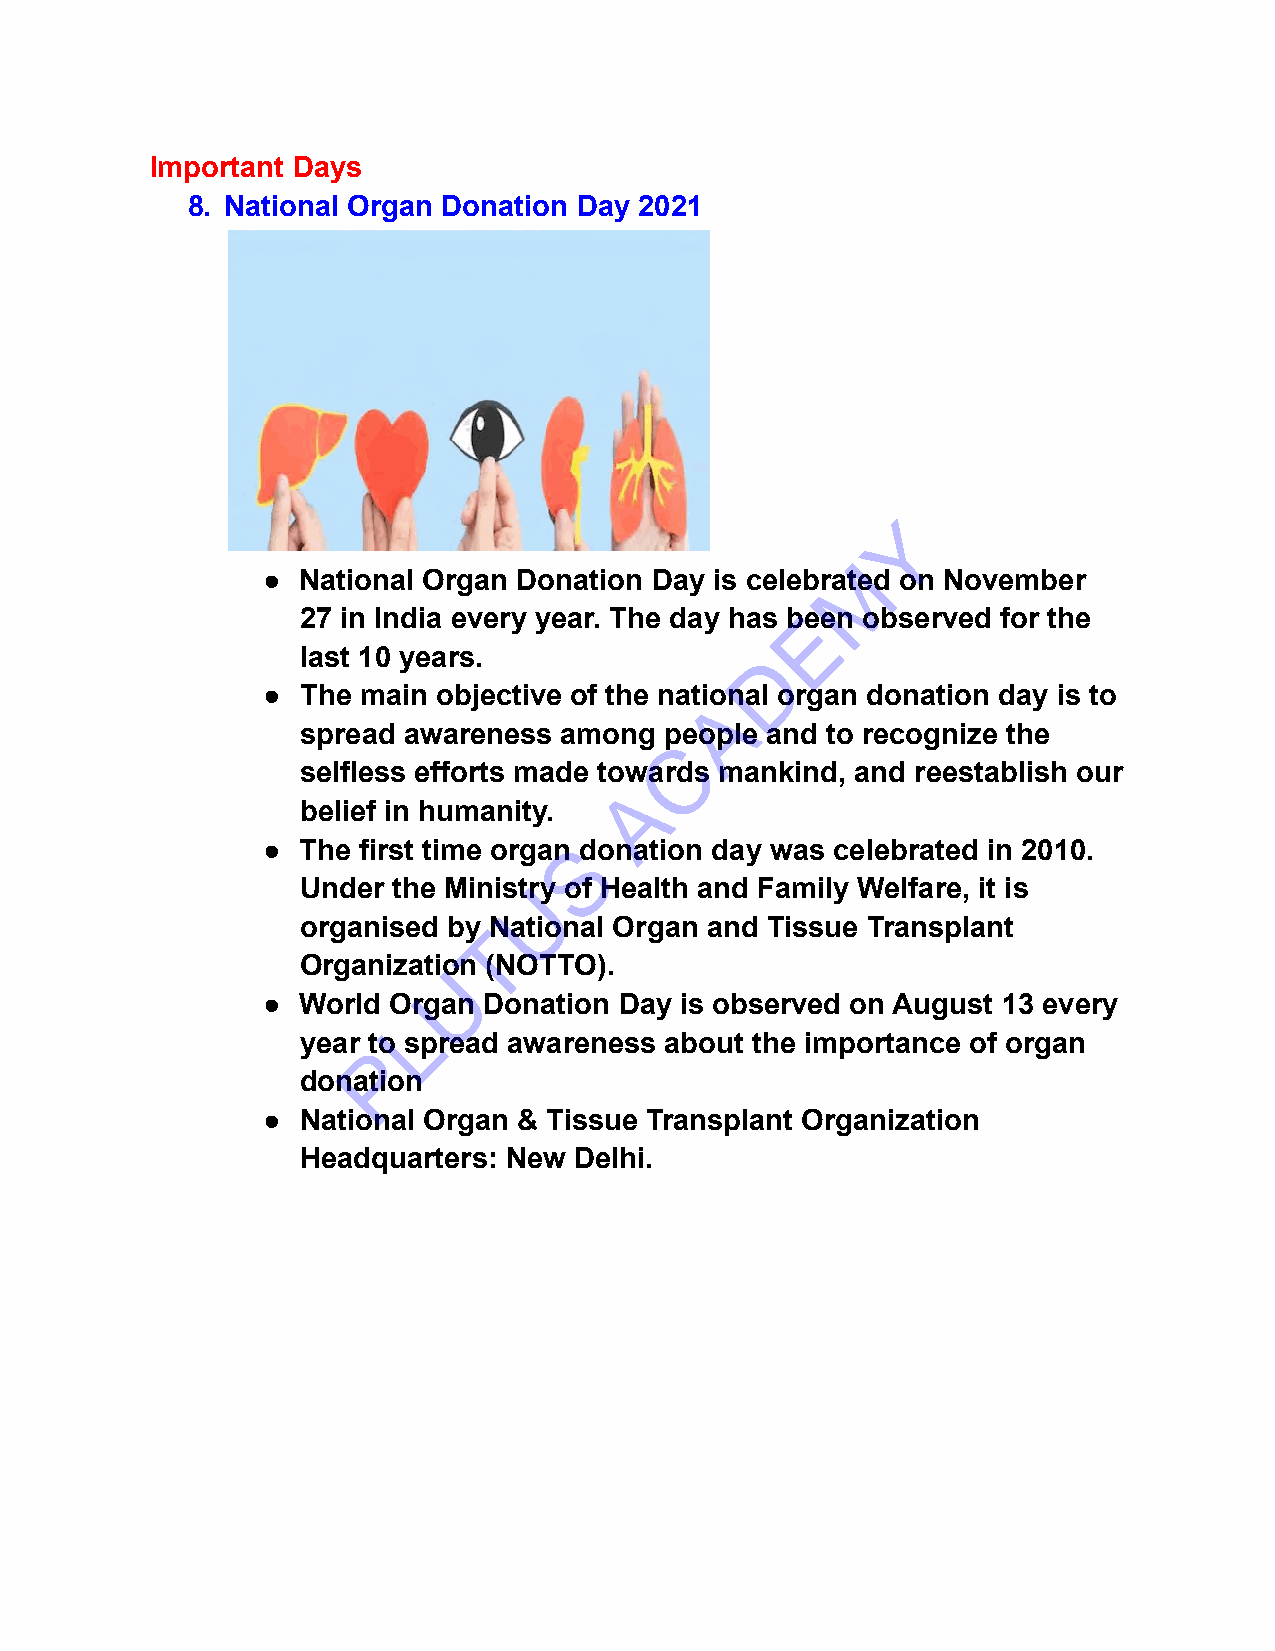
Important Days
 8. National Organ Donation Day 2021
 Y
 M
 ●  National Organ Donation Day is celebrated on November
 27 in India every year. The day has bEeen observed for the
 last 10 years.                D
 ●  The main objective of the natioAnal organ donation day is to
 spread awareness among  people and to recognize the
 C
 selfless efforts made towards mankind, and reestablish our
 A
 belief in humanity.
 ●  The first time organS donation day was celebrated in 2010.
 Under the MinistUry of Health and Family Welfare, it is
 organised by TNational Organ and Tissue Transplant
 OrganizatioUn (NOTTO).
 ●  World Organ Donation Day is observed on August 13 every
 L
 year Pto spread awareness about the importance of organ
 donation
 ●  National Organ & Tissue Transplant Organization
 Headquarters: New Delhi.